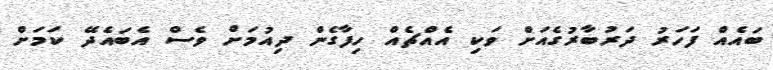
ބައެއް ފަހަރު ދަރުބާރުގެއަށް ވަކި އެއްޗެއް ހިފާގެން ދިއުމަށް ވެސް އެބައެދޭ ކަމަށް